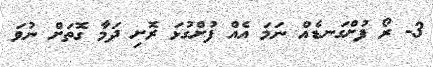
3- ރޯ ފުށްގަނޑެއް ނަމަ އެއް ފުށްގުޅަ ރޮށި ދަމާ ގޮތަށް ނުވަ